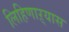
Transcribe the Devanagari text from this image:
लिहिणाऱ्यास